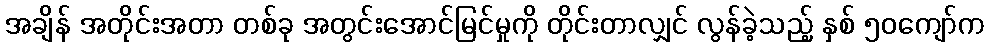
အချိန် အတိုင်းအတာ တစ်ခု အတွင်းအောင်မြင်မှုကို တိုင်းတာလျှင် လွန်ခဲ့သည့် နှစ် ၅၀ကျော်က